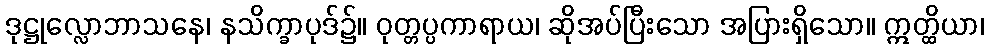
ဒုဋ္ဌုလ္လောဘာသနေ၊ နသိက္ခာပုဒ်၌။ ဝုတ္တပ္ပကာရာယ၊ ဆိုအပ်ပြီးသော အပြားရှိသော။ ဣတ္ထိယာ၊